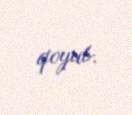
qoyub.